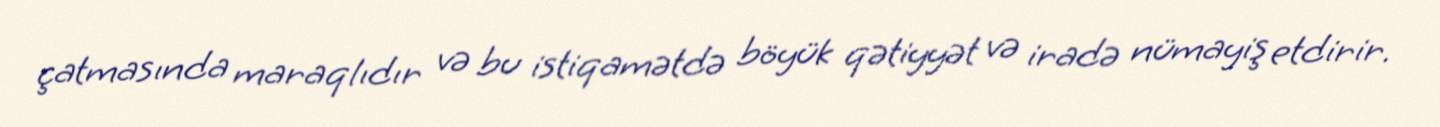
çatmasında maraqlıdır və bu istiqamətdə böyük qətiyyət və iradə nümayiş etdirir.